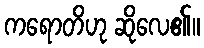
ကရောတိဟု ဆိုလေ၏။